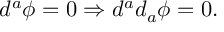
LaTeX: d ^ { a } \phi = 0 \Rightarrow d ^ { a } d _ { a } \phi = 0 .